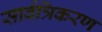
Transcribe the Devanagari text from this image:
सार्वत्रिकरण